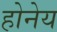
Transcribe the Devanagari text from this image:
होनेय